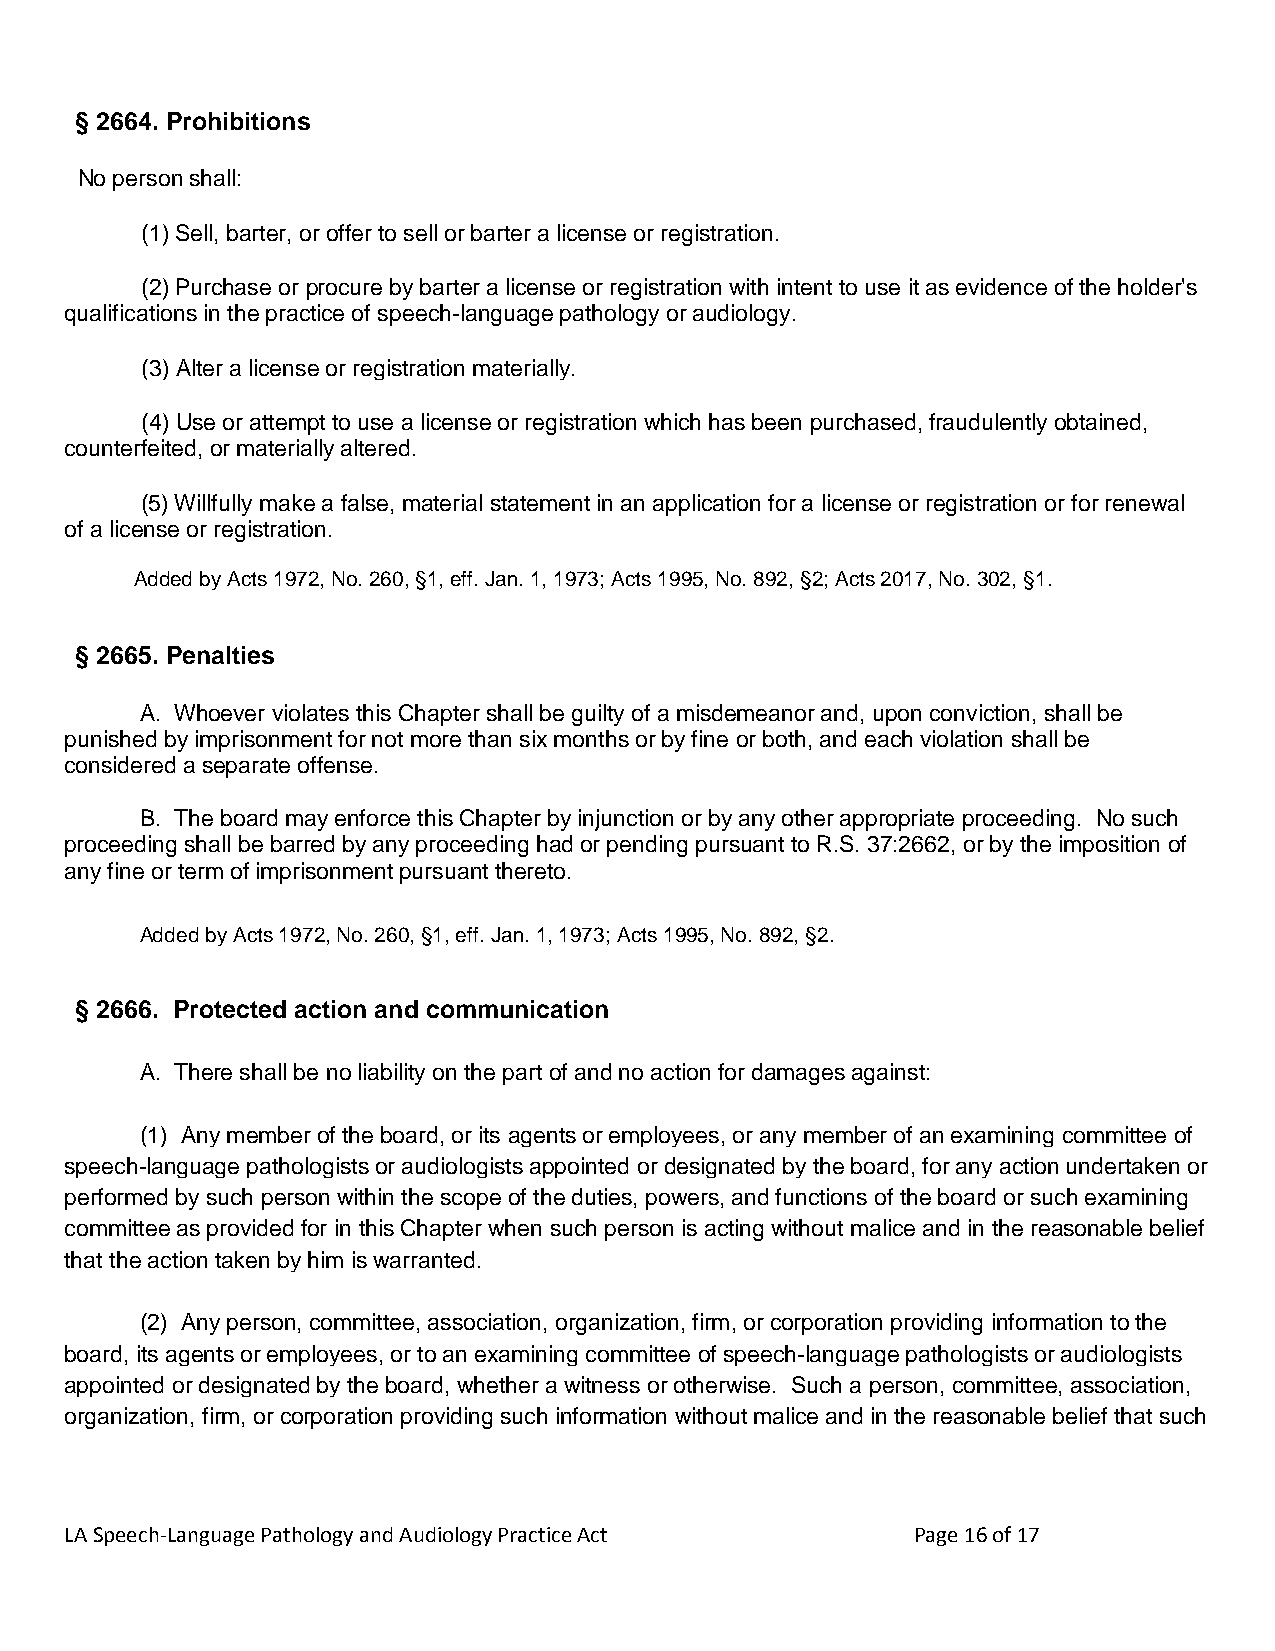
§ 2664. Prohibitions
 No person shall:
 (1) Sell, barter, or offer to sell or barter a license or registration.
 (2) Purchase or procure by barter a license or registration with intent to use it as evidence of the holder's
 qualifications in the practice of speech-language pathology or audiology.
 (3) Alter a license or registration materially.
 (4) Use or attempt to use a license or registration which has been purchased, fraudulently obtained,
 counterfeited, or materially altered.
 (5) Willfully make a false, material statement in an application for a license or registration or for renewal
 of a license or registration.
 Added by Acts 1972, No. 260, §1, eff. Jan. 1, 1973; Acts 1995, No. 892, §2; Acts 2017, No. 302, §1.
 § 2665. Penalties
 A. Whoever violates this Chapter shall be guilty of a misdemeanor and, upon conviction, shall be
 punished by imprisonment for not more than six months or by fine or both, and each violation shall be
 considered a separate offense.
 B. The board may enforce this Chapter by injunction or by any other appropriate proceeding. No such
 proceeding shall be barred by any proceeding had or pending pursuant to R.S. 37:2662, or by the imposition of
 any fine or term of imprisonment pursuant thereto.
 Added by Acts 1972, No. 260, §1, eff. Jan. 1, 1973; Acts 1995, No. 892, §2.
 § 2666. Protected action and communication
 A. There shall be no liability on the part of and no action for damages against:
 (1) Any member of the board, or its agents or employees, or any member of an examining committee of
 speech-language pathologists or audiologists appointed or designated by the board, for any action undertaken or
 performed by such person within the scope of the duties, powers, and functions of the board or such examining
 committee as provided for in this Chapter when such person is acting without malice and in the reasonable belief
 that the action taken by him is warranted.
 (2) Any person, committee, association, organization, firm, or corporation providing information to the
 board, its agents or employees, or to an examining committee of speech-language pathologists or audiologists
 appointed or designated by the board, whether a witness or otherwise. Such a person, committee, association,
 organization, firm, or corporation providing such information without malice and in the reasonable belief that such
 LA Speech-Language Pathology and Audiology Practice Act Page 16 of 17